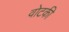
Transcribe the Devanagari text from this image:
वोटकी